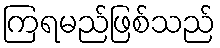
ကြရမည်ဖြစ်သည်